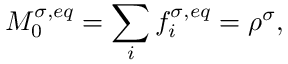
M _ { 0 } ^ { \sigma , e q } = \sum _ { i } f _ { i } ^ { \sigma , e q } = \rho ^ { \sigma } ,